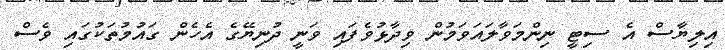
އިލިޔާސް އެ ސިޓީ ނިންމަވާލައަވަމުން ވިދާޅުވެފައި ވަނީ ދުނިޔޭގެ އެހެން ގައުމުތަކުގައި ވެސް